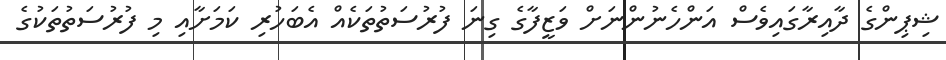
ޝިޕިންގެ ދާއިރާގައިވެސް އަންހެނުންނަށް ވަޒީފާގެ ގިނަ ފުރުސަތުތަކެއް އެބަހުރި ކަމަށާއި މި ފުރުސަތުތަކުގެ